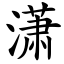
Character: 潇